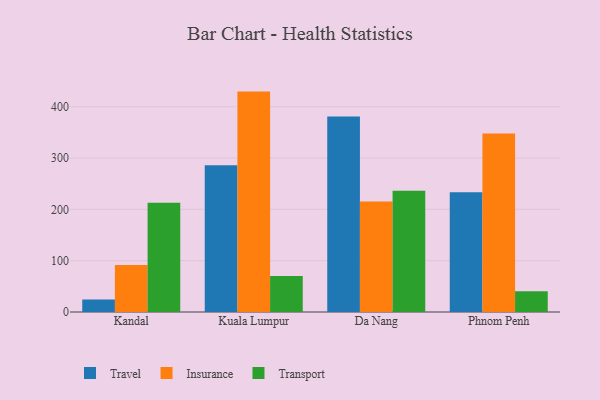
{"axis": {"x": "City", "y": "Gross Profit (USD K)"}, "legend": ["Insurance", "Transport", "Travel"], "data": [{"x": "Kandal", "y": 24.3, "type": "Travel"}, {"x": "Kandal", "y": 91.5, "type": "Insurance"}, {"x": "Kandal", "y": 212.7, "type": "Transport"}, {"x": "Kuala Lumpur", "y": 285.8, "type": "Travel"}, {"x": "Kuala Lumpur", "y": 429.4, "type": "Insurance"}, {"x": "Kuala Lumpur", "y": 70.0, "type": "Transport"}, {"x": "Da Nang", "y": 381.1, "type": "Travel"}, {"x": "Da Nang", "y": 215.3, "type": "Insurance"}, {"x": "Da Nang", "y": 236.3, "type": "Transport"}, {"x": "Phnom Penh", "y": 233.1, "type": "Travel"}, {"x": "Phnom Penh", "y": 347.8, "type": "Insurance"}, {"x": "Phnom Penh", "y": 40.3, "type": "Transport"}]}